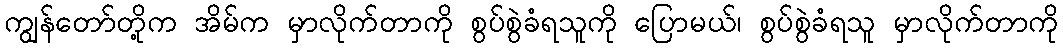
ကျွန်တော်တို့က အိမ်က မှာလိုက်တာကို စွပ်စွဲခံရသူကို ပြောမယ်၊ စွပ်စွဲခံရသူ မှာလိုက်တာကို